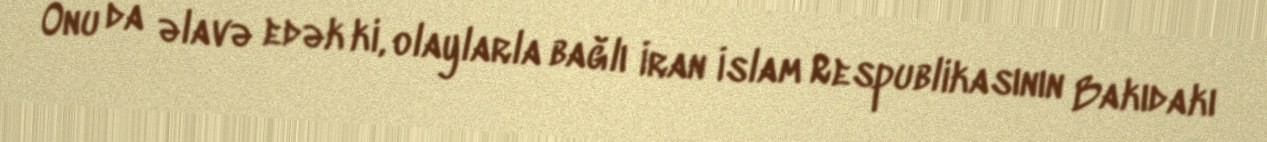
Onu da əlavə edək ki, olaylarla bağlı İran İslam Respublikasının Bakıdakı